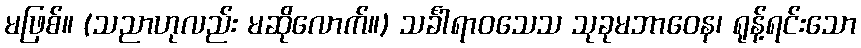
မဖြစ်။ (သညာဟုလည်း မဆိုလောက်။) သင်္ခါရာဝသေသ သုခုမဘာဝေန၊ ရုန့်ရင်းသော